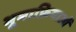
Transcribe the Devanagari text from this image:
भूमाफ़ियाओं